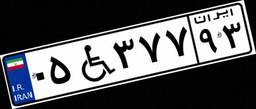
۶۴W۹۹۷۳۳